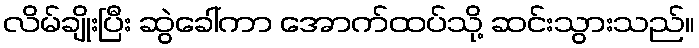
လိမ်ချိုးပြီး ဆွဲခေါ်ကာ အောက်ထပ်သို့ ဆင်းသွားသည်။